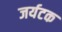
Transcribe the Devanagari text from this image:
जर्यटक